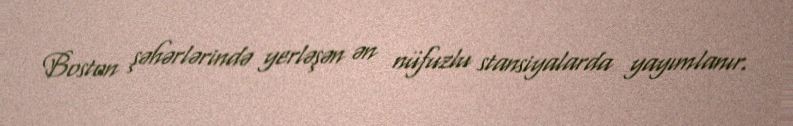
Boston şəhərlərində yerləşən ən nüfuzlu stansiyalarda yayımlanır.